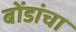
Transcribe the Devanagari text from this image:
बोंडांचा